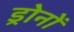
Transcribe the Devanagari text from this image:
ड्रोनों